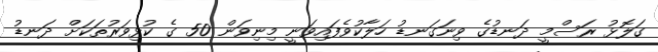
ގަލޮޅު ރަސްމީ ދަނޑުގެ ވިނަގަނޑު ހަލާކުވެފައިވަނީ މިނިވަން 50 ގެ ކުޅިވަރުތަކަށް ދަނޑު